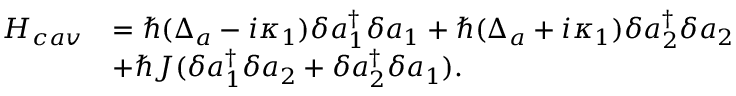
\begin{array} { r l } { H _ { c a v } } & { = \hbar ( \Delta _ { a } - i \kappa _ { 1 } ) \delta a _ { 1 } ^ { \dagger } \delta a _ { 1 } + \hbar ( \Delta _ { a } + i \kappa _ { 1 } ) \delta a _ { 2 } ^ { \dagger } \delta a _ { 2 } } \\ & { + \hbar J ( \delta a _ { 1 } ^ { \dagger } \delta a _ { 2 } + \delta a _ { 2 } ^ { \dagger } \delta a _ { 1 } ) . } \end{array}